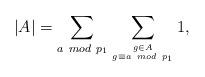
LaTeX: \begin{align*}|A|=\sum_{a~mod~p_1}\sum_{{g\in A}\atop{g\equiv a~mod~p_1}}1,\end{align*}